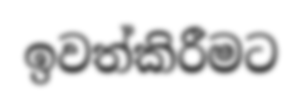
ඉවත්කිරීමට